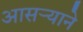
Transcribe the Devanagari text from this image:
आसर्‍याने